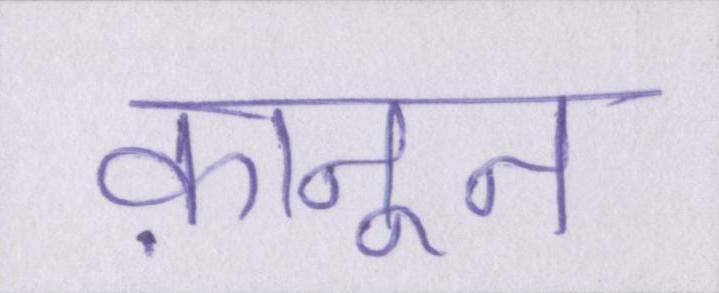
क़ानून